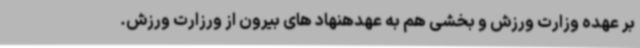
بر عهده وزارت ورزش و بخشی هم به عهدهنهاد های بیرون از ورزارت ورزش.